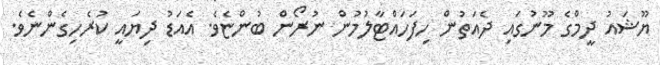
ޔޫޝައު ދީމްގެ މޫނުގައި ދެއަތުން ހިފަހައްޓާލުމުން ނުރޯން ބުންޏެވެ. އެއަޑު ދިޔައީ ކުރެހިގެންނެވެ.